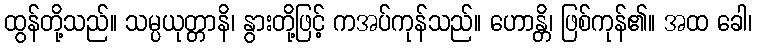
ထွန်တို့သည်။ သမ္ပယုတ္တာနိ၊ နွားတို့ဖြင့် ကအပ်ကုန်သည်။ ဟောန္တိ၊ ဖြစ်ကုန်၏။ အထ ခေါ၊